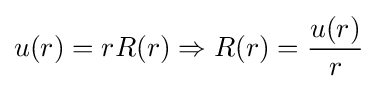
u(r)=rR(r)\Rightarrow R(r)={\frac {u(r)}{r}}